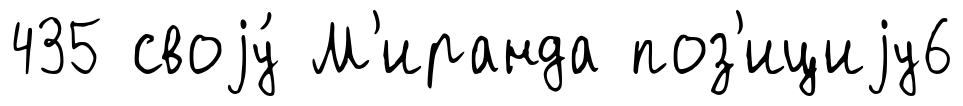
435 своjу́ М'иранда поз'ициjу6